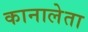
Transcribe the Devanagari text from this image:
कानालेता